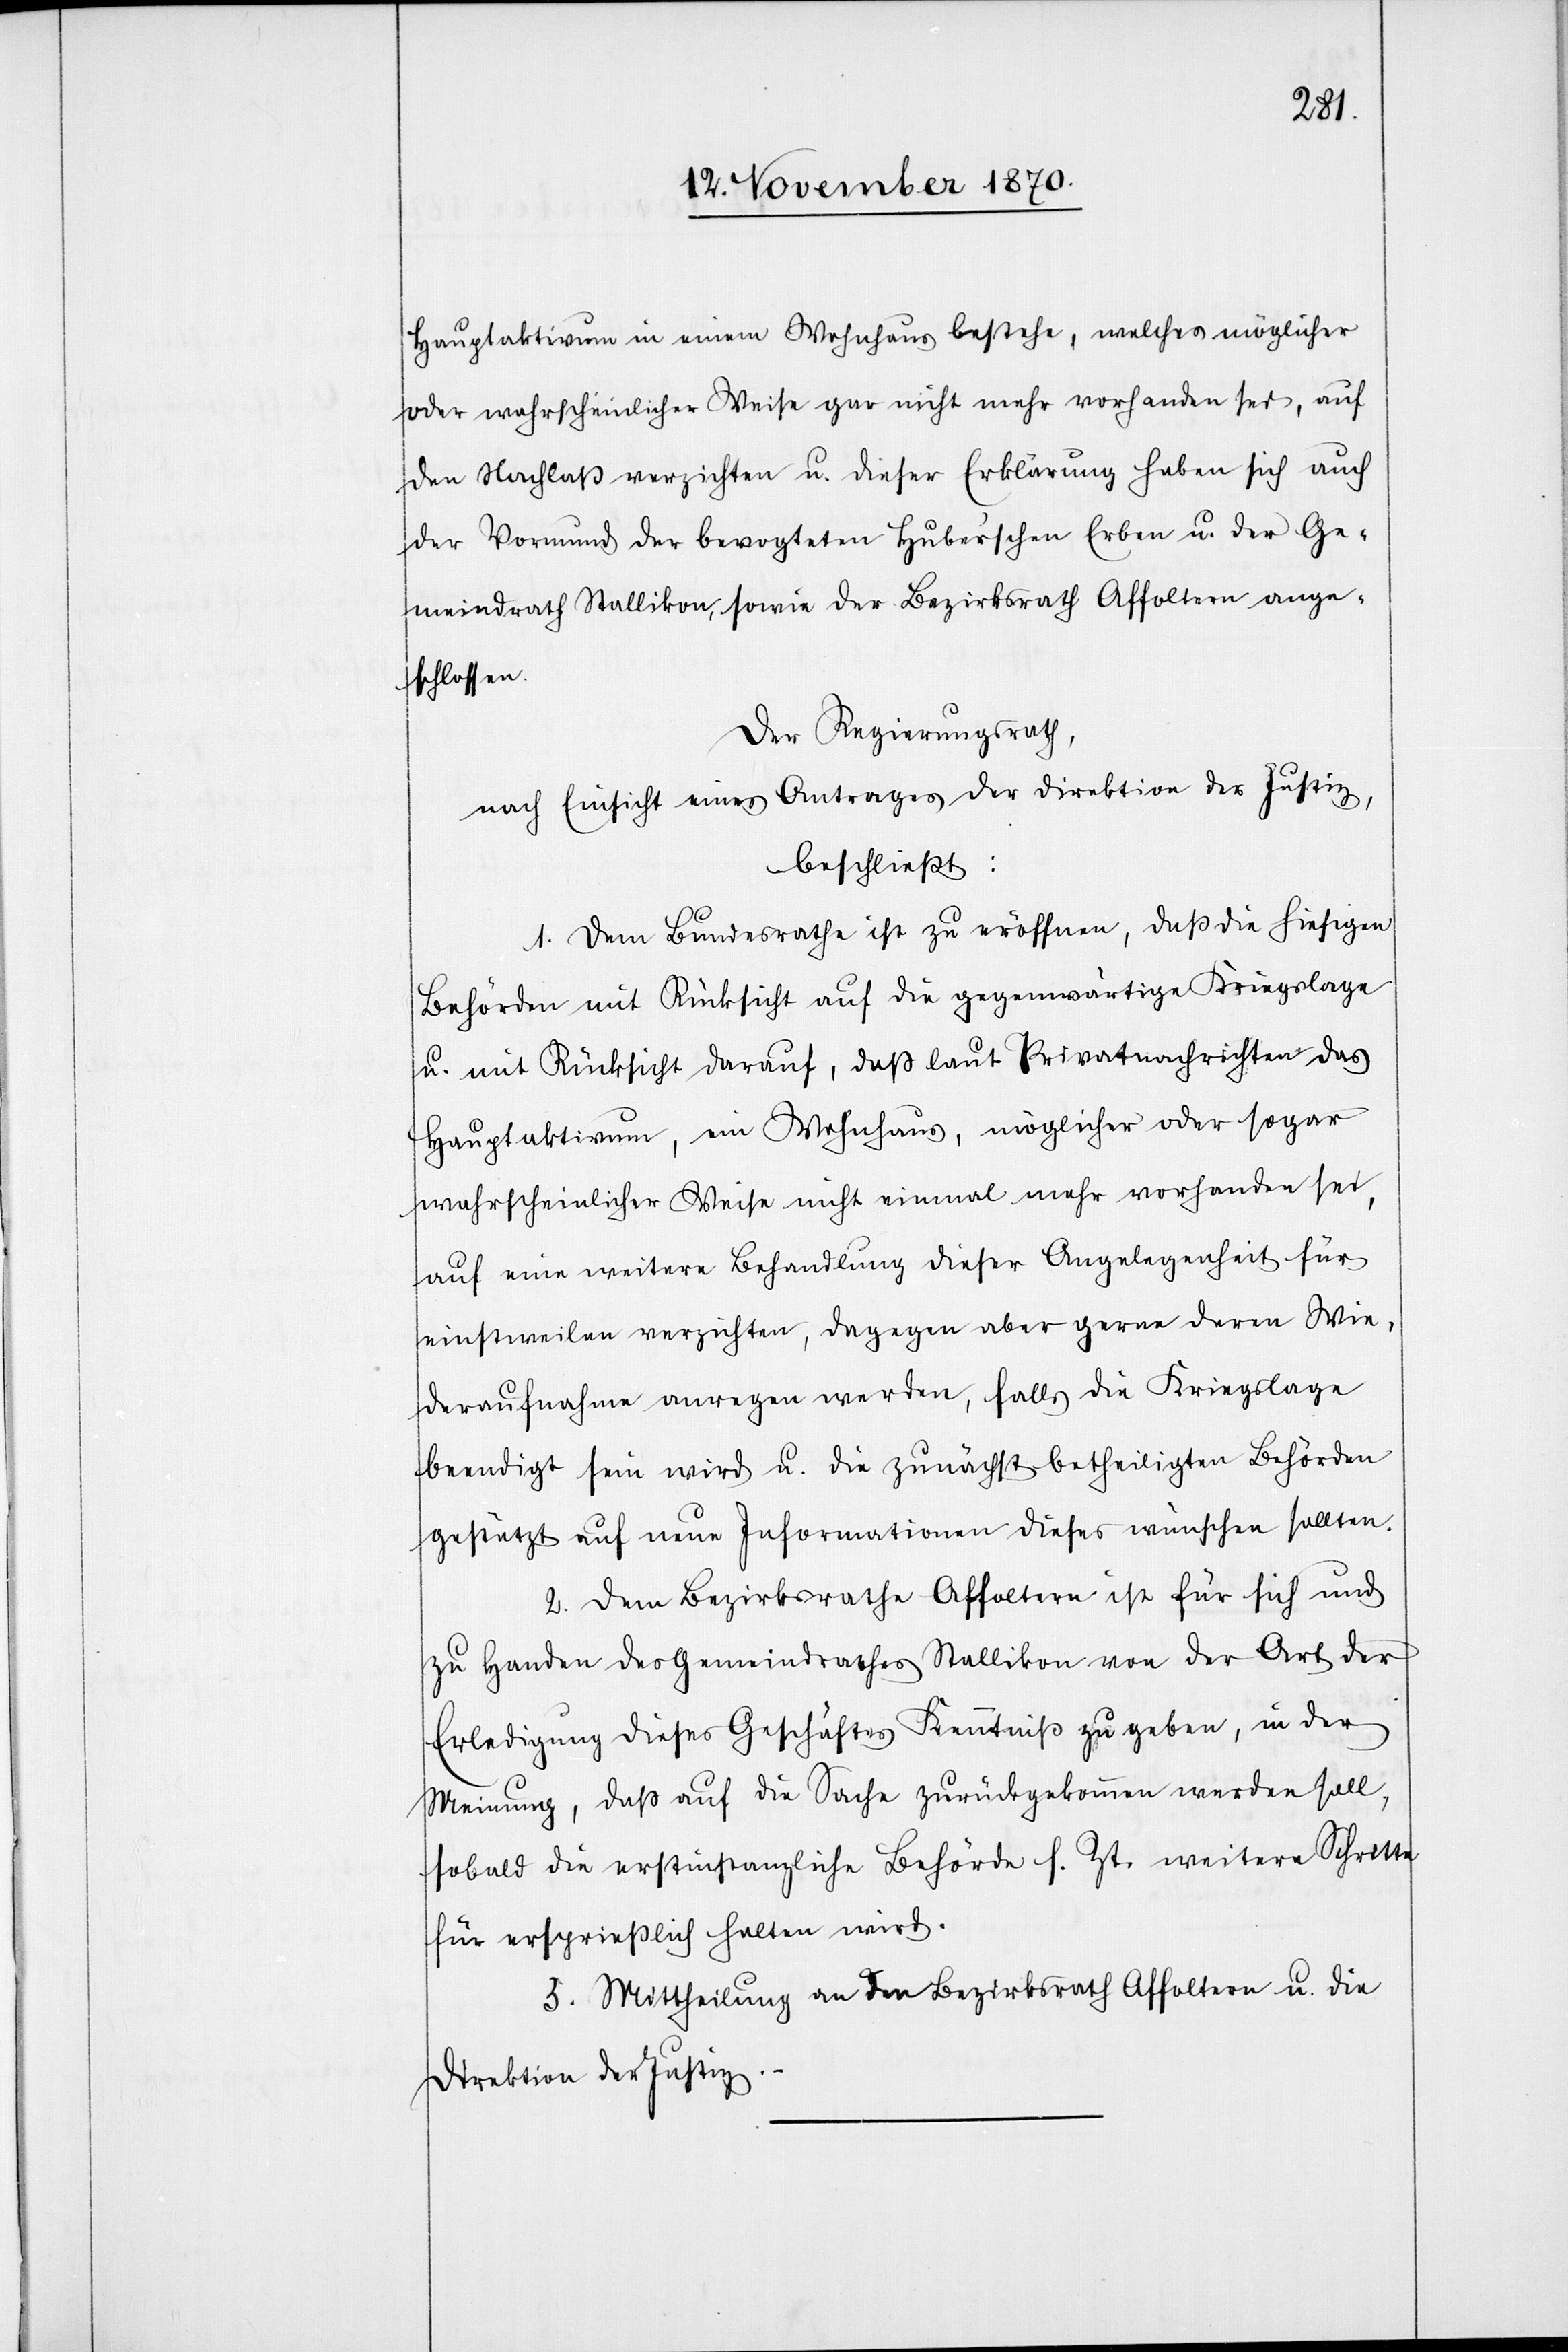
Hauptaktivum in einem Wohnhaus bestehe, welches möglicher
oder wahrscheinlicher Weise gar nicht mehr vorhanden sei, auf
den Nachlaß verzichten u. dieser Erklärung haben sich auch
der Vormund der bevogteten Huber’schen Erben u. der Ge¬
meindrath Stallikon, sowie der Bezirksrath Affoltern ange¬
schlossen.
Der Regierungsrath,
nach Einsicht eines Antrages der Direktion der Justiz,
beschließt:
1. Dem Bundesrathe ist zu eröffnen, daß die hiesigen
Behörden mit Rücksicht auf die gegenwärtige Kriegslage
u. mit Rücksicht darauf, daß laut Privatnachrichten das
Hauptaktivum, ein Wohnhaus, möglicher oder sogar
wahrscheinlicher Weise nicht einmal mehr vorhanden sei,
auf eine weitere Behandlung dieser Angelegenheit für
einstweilen verzichten, dagegen aber gerne deren Wie¬
deraufnahme anregen werden, falls die Kriegslage
beendigt sein wird u. die zunächst betheiligten Behörden
gestützt auf neue Informationen dieses wünschen sollten.
2. Der Bezirksrathe Affoltern ist für sich und
zu Handen des Gemeindrathes Stallikon von der Art der
Erledigung dieses Geschäftes Kenntniß zu geben, in der
Meinung, daß auf die Sache zurückgekommen werden soll,
sobald die erstinstanzliche Behörde s. Zt. weitere Schritte
für ersprießlich halten wird.
3. Mittheilung an den Bezirksrath Affoltern u. die
Direktion der Justiz.